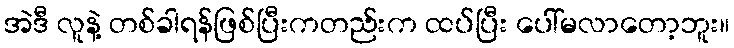
အဲဒီ လူနဲ့ တစ်ခါရန်ဖြစ်ပြီးကတည်းက ထပ်ပြီး ပေါ်မလာတော့ဘူး။